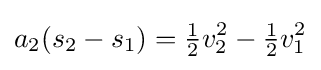
a_{2}(s_{2}-s_{1})={\tfrac {1}{2}}v_{2}^{2}-{\tfrac {1}{2}}v_{1}^{2}